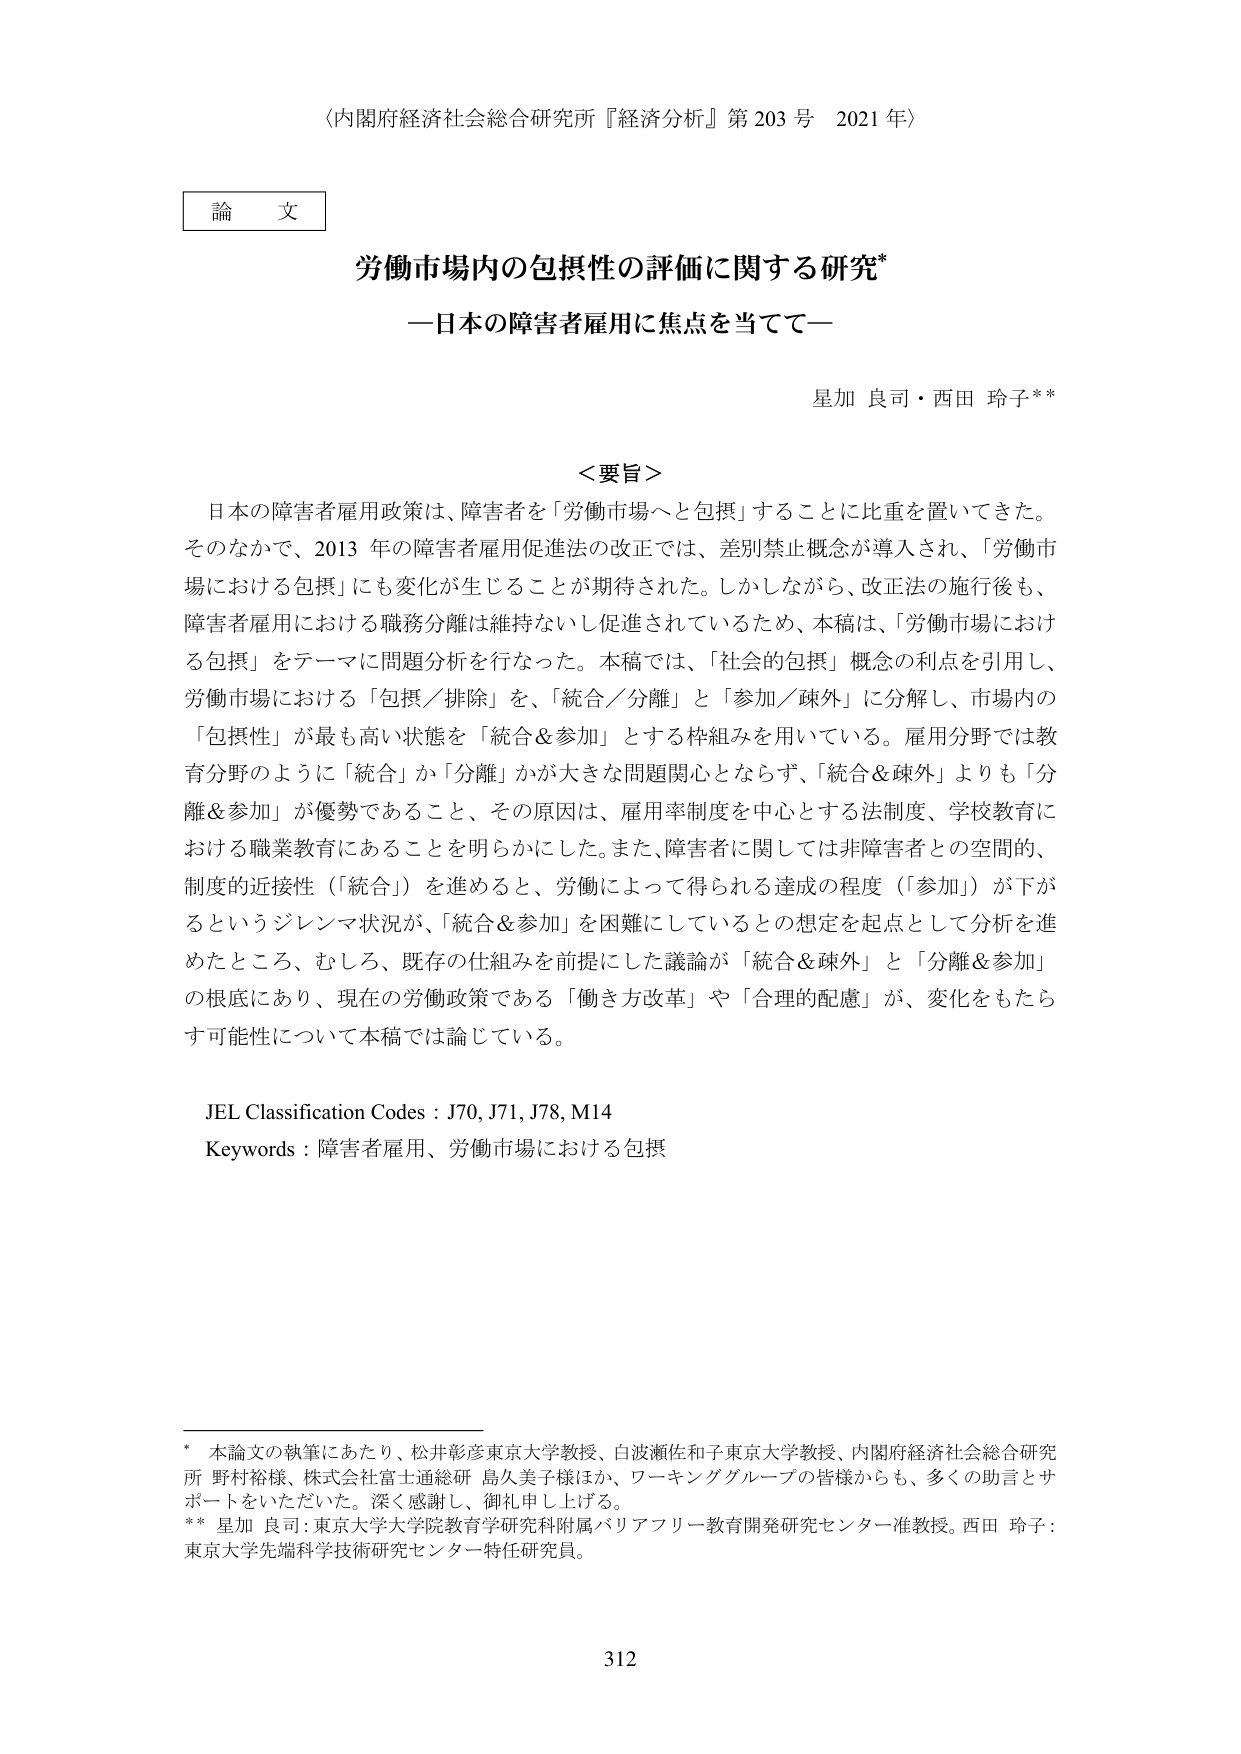
〈内閣府経済社会総合研究所『経済分析』第203号 2021年〉

論文

労働市場内の包摂性の評価に関する研究*
―日本の障害者雇用に焦点を当てて―

星加 良司・西田 玲子**

＜要旨＞
日本の障害者雇用政策は、障害者を「労働市場へと包摂」することに比重を置いてきた。そのなかで、2013年の障害者雇用促進法の改正では、差別禁止概念が導入され、「労働市場における包摂」にも変化が生じることが期待された。しかしながら、改正法の施行後も、障害者雇用における職務分離は維持ないし促進されているため、本稿は、「労働市場における包摂」をテーマに問題分析を行なった。本稿では、「社会的包摂」概念の利点を引用し、労働市場における「包摂／排除」を、「統合／分離」と「参加／疎外」に分解し、市場内の「包摂性」が最も高い状態を「統合＆参加」とする枠組みを用いている。雇用分野では教育分野のように「統合」か「分離」かが大きな問題関心とならず、「統合＆疎外」よりも「分離＆参加」が優勢であること、その原因は、雇用率制度を中心とする法制度、学校教育における職業教育にあることを明らかにした。また、障害者に関しては非障害者との空間的、制度的接近性（「統合」）を進めるとき、労働によって得られる達成の程度（「参加」）が下がるというジレンマ状況が、「統合＆参加」を困難にしているとの想定を起点として分析を進めたところ、むしろ、既存の仕組みを前提にした議論が「統合＆疎外」と「分離＆参加」の根底にあり、現在の労働政策である「働き方改革」や「合理的配慮」が、変化をもたらす可能性について本稿では論じている。

JEL Classification Codes : J70, J71, J78, M14
Keywords : 障害者雇用、労働市場における包摂

* 本論文の執筆にあたり、松井彰彦東京大学教授、白波瀬佐和子東京大学教授、内閣府経済社会総合研究所 野村裕様、株式会社富士通総研 島久美子様ほか、ワーキンググループの皆様からも、多くの助言とサポートをいただいた。深く感謝し、御礼申し上げる。
** 星加 良司：東京大学大学院教育学研究科附属パリアフリー教育開発研究センター准教授。西田 玲子：東京大学先端科学技術研究センター特任研究員。

312